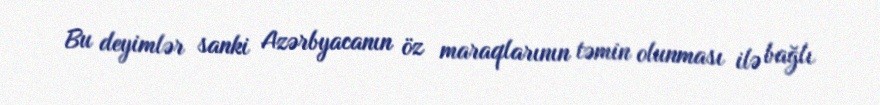
Bu deyimlər sanki Azərbyacanın öz maraqlarının təmin olunması ilə bağlı